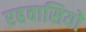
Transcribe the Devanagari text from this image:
रहवासियो